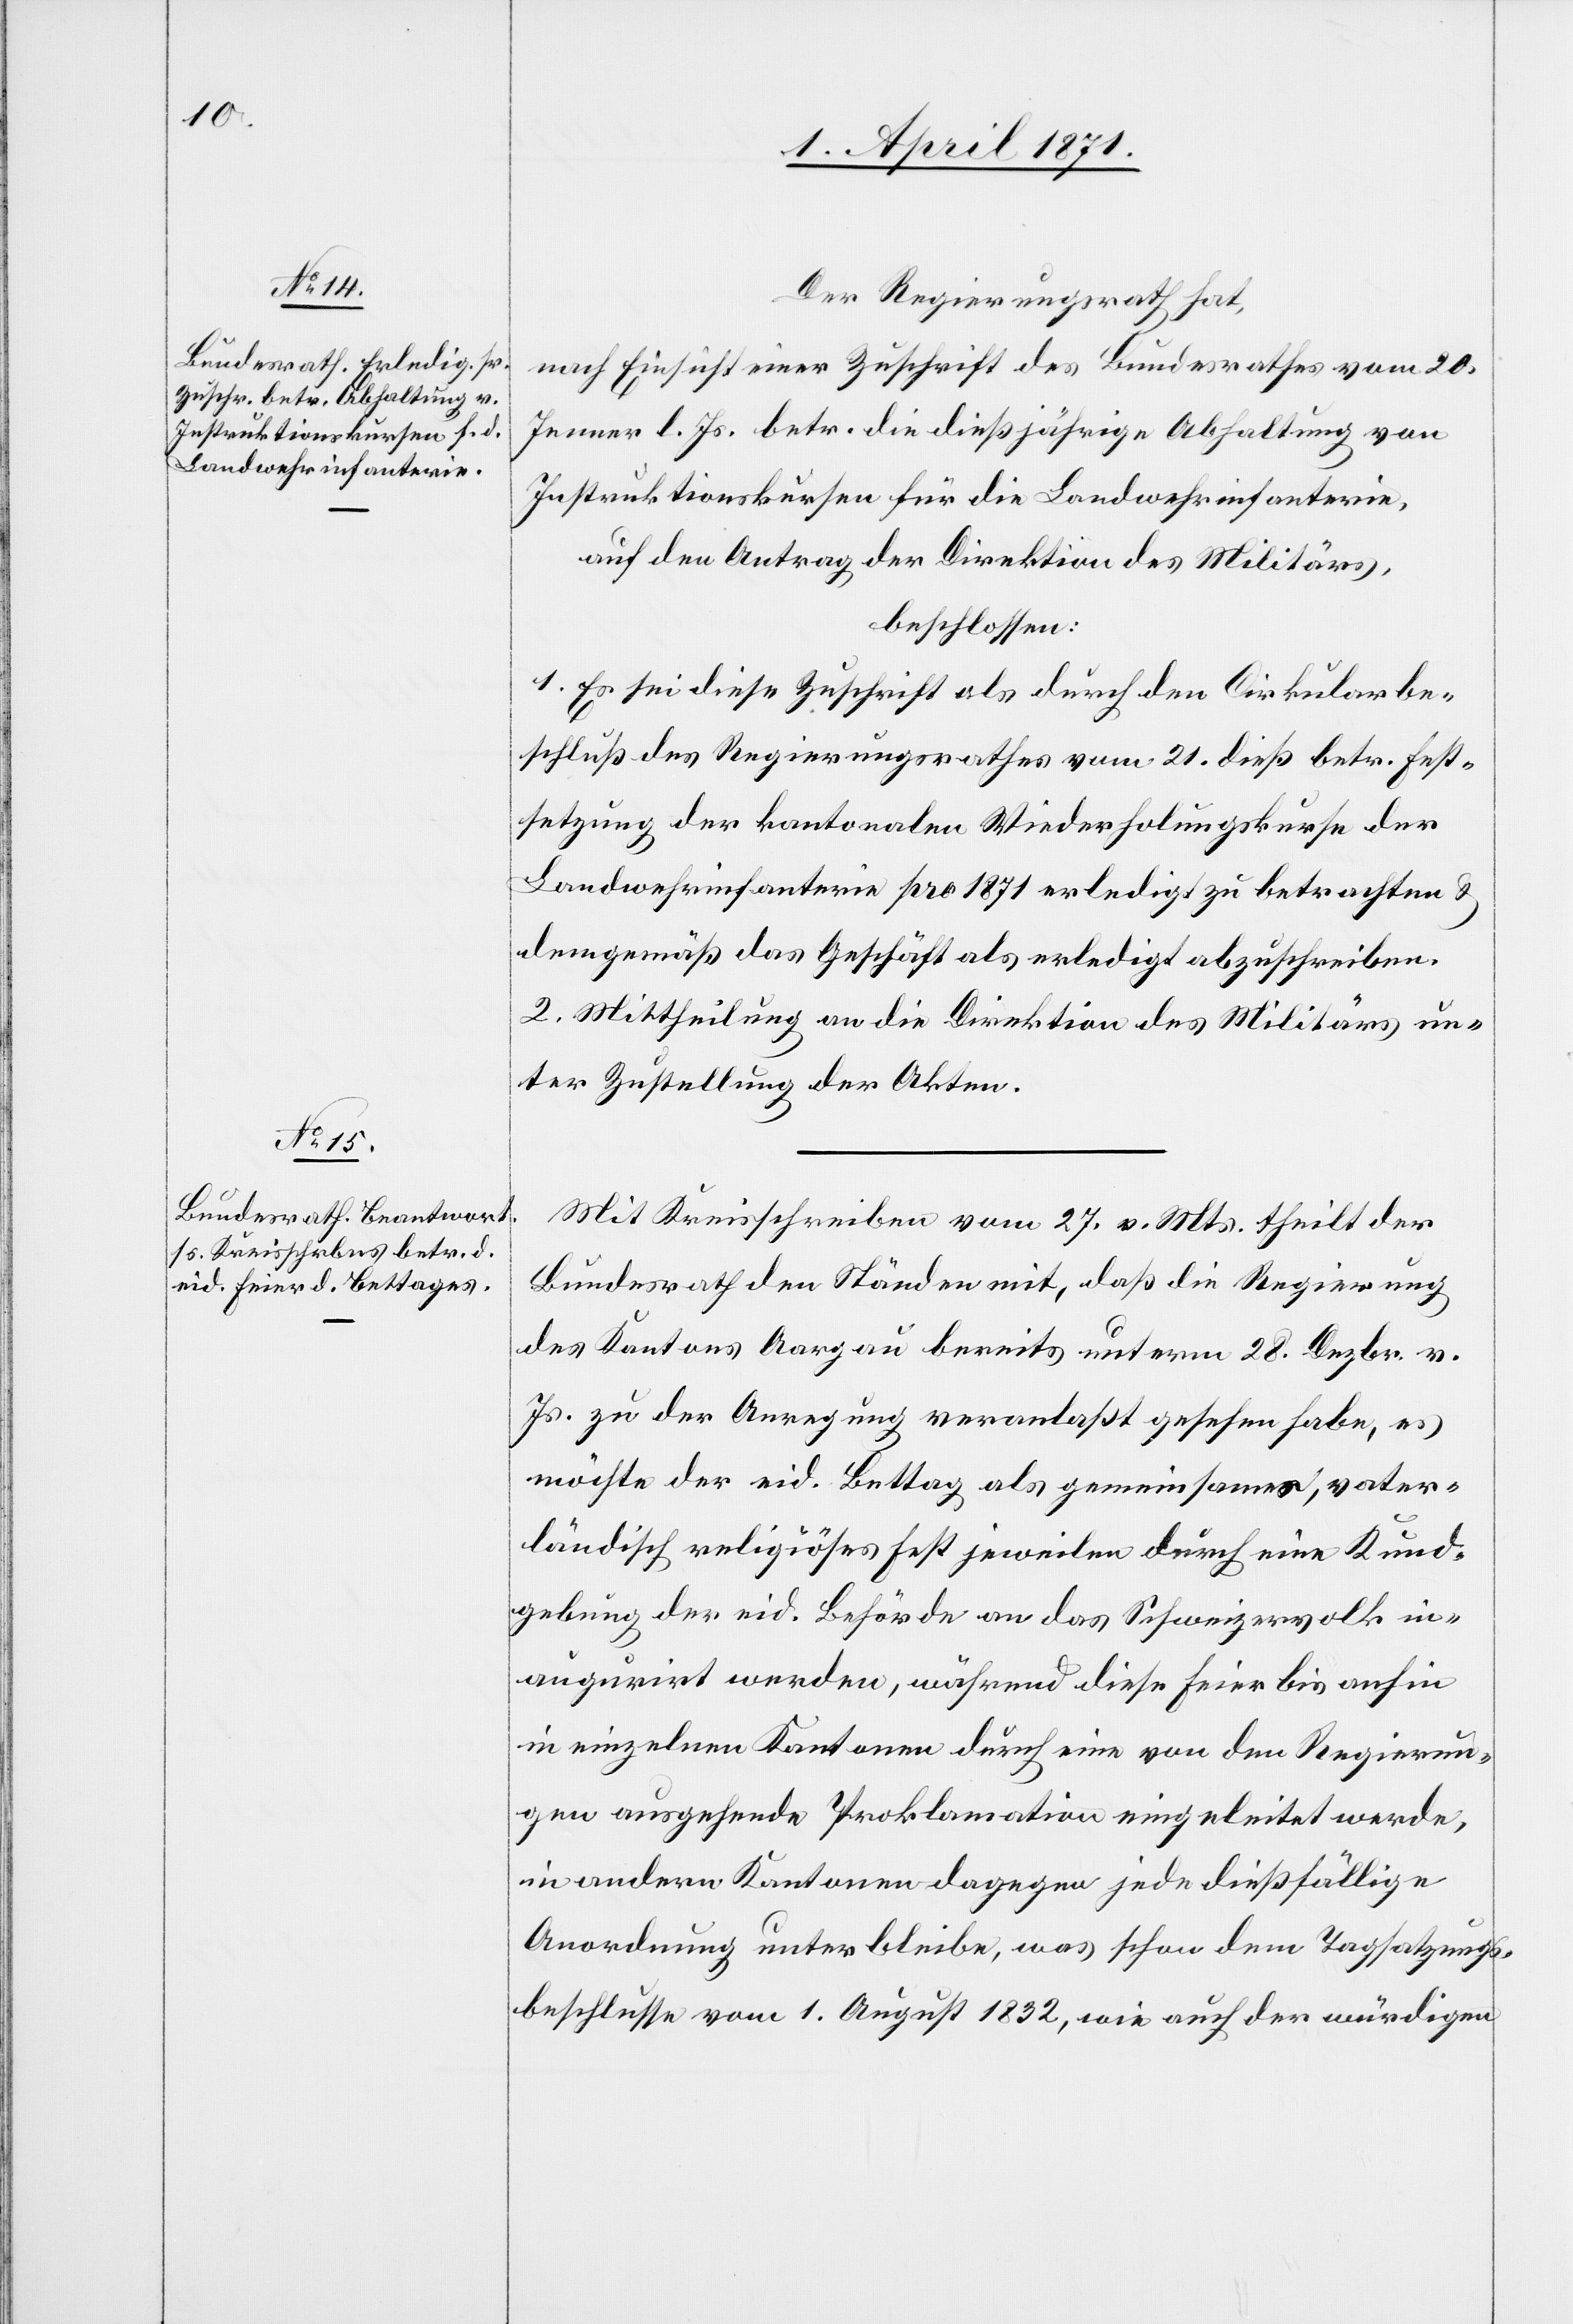
Der Regierungsrath hat,
nach Einsicht einer Zuschrift des Bundesrathes vom 20.
Jenner l. Js. betr. die dießjährige Abhaltung von
Instruktionskursen für die Landwehrinfanterie,
auf den Antrag der Direktion des Militärs,
beschlossen:
1. Es sei diese Zuschrift als durch den Cirkularbe¬
schluß des Regierungsrathes vom 21. dieß betr. Fest¬
setzung der kantonalen Wiederholungkurse der
Landwehrinfanterie pro 1871 erledigt zu betrachten u.
demgemäß das Geschäft als erledigt abzuschreiben.
2. Mittheilung an die Direktion des Militärs un¬
ter Zustellung der Akten.
Mit Kreisschreiben vom 27. v. Mts. theilt der
Bundesrath den Ständen mit, daß die Regierung
des Kantons Aargau bereits unterm 28. Dezbr. v.
Js. zu der Anregung veranlaßt gesehen habe, es
möchte der eid. Bettag als gemeinsames, vater¬
ländisch religiöses Fest jeweilen durch eine Kund¬
gebung der eid. Behörde an das Schweizervolk in¬
augurirt werden, während diese Feier bis anhin
in einzelnen Kantonen durch eine von den Regierun¬
gen ausgehende Proklamation eingeleitet werde,
in andern Kantonen dagegen jedoch dießfällige
Anordnung unterbleibe, was schon dem Tagsatzungs¬
beschlusse vom 1. August 1832, wie auch der würdigen